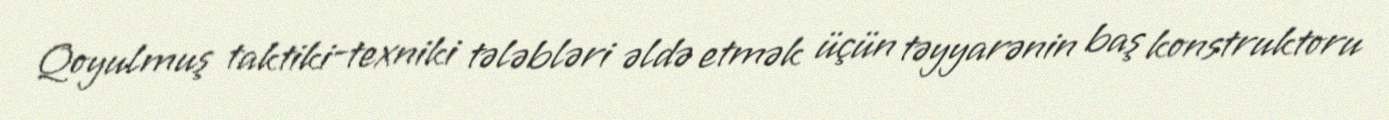
Qoyulmuş taktiki-texniki tələbləri əldə etmək üçün təyyarənin baş konstruktoru